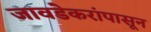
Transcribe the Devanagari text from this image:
जावडेकरांपासून